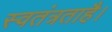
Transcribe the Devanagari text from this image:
स्वतंत्रताहै।